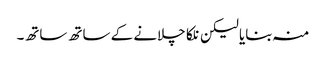
منہ بنایا لیکن نلکا چلانے کے ساتھ ساتھ۔